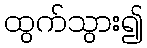
ထွက်သွား၍